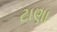
ટાણા